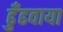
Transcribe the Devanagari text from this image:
ढुँढवाया